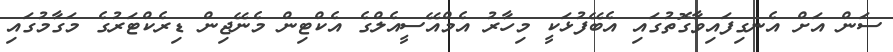
ސަން އަށް އެނގިފައިވާގޮތުގައި އެބޭފުޅަކީ މިހާރު އެމްއޭސީއެލްގެ އެކްޓިން މެނޭޖިން ޑިރެކްޓަރުގެ މަގާމުގައި